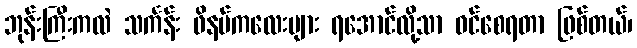
ဘုန်းကြီးကလဲ သင်္ကန်း ဖိနပ်ကလေးများ ရအောင်လို့သာ ဝင်စေရတာ ဖြစ်တယ်၊